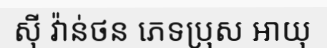
ស៊ី វ៉ាន់ថន ភេទប្រុស អាយុ